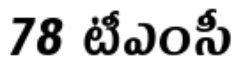
78 టీఎంసీ